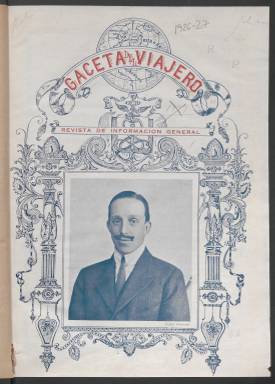
Título: Gaceta del viajero
Colección: Revistas turísticas y de viajes
Ámbito geográfico: Madrid
Lugar de publicación: Madrid
Fechas: 01/11/1926-30/11/1927